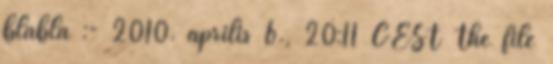
blabla :- 2010. április 6., 20:11 CEST The file